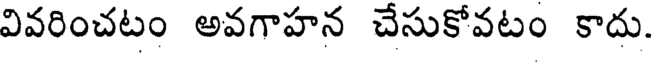
వివరించటం అవగాహన చేసుకోవటం కాదు.